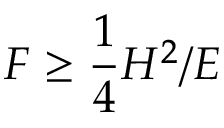
{ \cal F } \ge { \frac { 1 } { 4 } } { { \cal H } ^ { 2 } / { \cal E } }